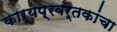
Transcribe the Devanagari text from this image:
कार्यप्रवर्तकांचा